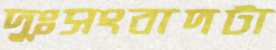
দুঃসংবাদটা